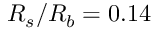
R _ { s } / R _ { b } = 0 . 1 4